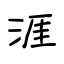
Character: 涯